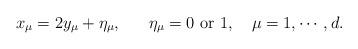
LaTeX: \begin{align*}x_\mu=2y_\mu + \eta_\mu, ~~~~~\eta_\mu=0~ \hbox{or}~ 1,~~~ \mu=1,\cdots,d. \end{align*}